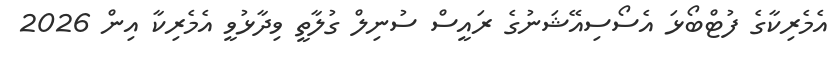
އެމެރިކާގެ ފުޓްބޯޅަ އެސޯސިއޭޝަނުގެ ރައީސް ސުނިލް ގުލާތީ ވިދާޅުވީ އެމެރިކާ އިން 2026